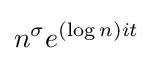
n^{\sigma }e^{(\log n)it}